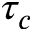
\tau _ { c }